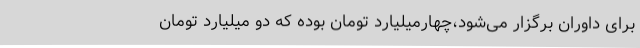
برای داوران برگزار می‌شود،چهارمیلیارد تومان بوده که دو میلیارد تومان